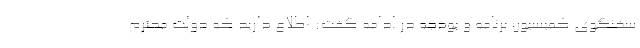
سخنگوی کمیسیون برنامه و بودجه در ادامه گفت: اطلاع دارید که دولت محترم